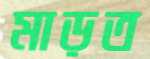
মাড়ত